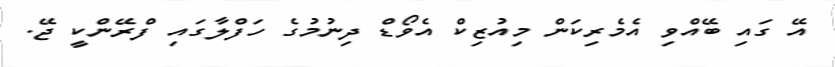
އޭ ގައި ބޭއްވި އެމެރިކަން މިއުޒިކް އެވޯޑް ދިނުމުގެ ހަފްލާގައި ފްރޭންކީ ޖޭ.